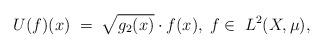
LaTeX: \begin{align*}U(f)(x)\;=\;\sqrt{g_2(x)}\cdot f(x),\; f\in\; L^2(X,\mu),\end{align*}